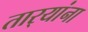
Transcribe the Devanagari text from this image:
तार्‍यांना